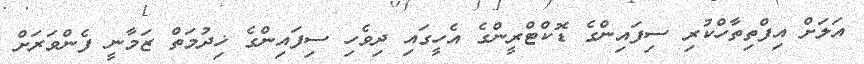
އަލަށް އިފްތިތާހްކުރި ސިފައިންގެ ޑޮކްޓްރީންގެ އެހީގައި ދިވެހި ސިފައިންގެ ޚިދުމަތް ޒަމާނީ ފެންވަރަށް